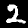
Digit: 2